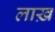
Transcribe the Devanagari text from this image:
लाख़